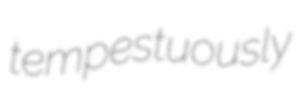
tempestuously